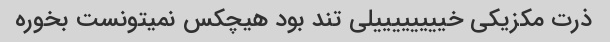
ذرت مکزیکی خییییییییلی تند بود هیچکس نمیتونست بخوره